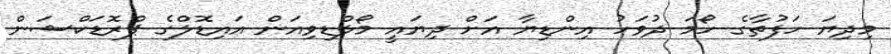
މިދިޔަ ހަފުތާގެ ހޯމަ ދުވަހު އިންޑިޔާ އަށް ދިޔައީ މޯލްޑިވިއަން އައިޑޮލްގެ ޕްރޮޑަކްޝަން